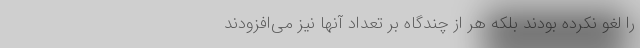
را لغو نکرده بودند بلکه هر از چندگاه بر تعداد آنها نیز می‌افزودند